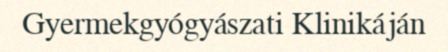
Gyermekgyógyászati Klinikáján